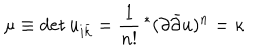
\mu \equiv \det u _ { i \bar { k } } = \frac { 1 } { n ! } \, ^ { * } ( \partial \bar { \partial } u ) ^ { n } = \kappa